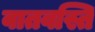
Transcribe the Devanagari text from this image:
वातवस्ति